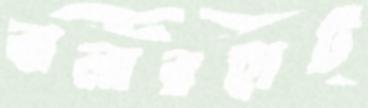
বালারহাট